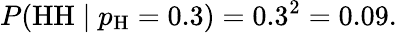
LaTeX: P({\mathrm{HH}}\mid p_{\mathrm{H}}=0.3)=0.3^{2}=0.09.